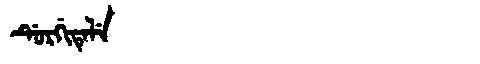
Manchu: ᡩᡠᡵᡤᡳᡨᡝᠯᡝ
Romanization: DURGITELE